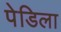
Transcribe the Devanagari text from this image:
पेडिला